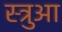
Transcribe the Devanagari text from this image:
स्त्रुआ